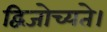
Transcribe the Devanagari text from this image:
द्विजोच्यते।